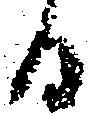
日